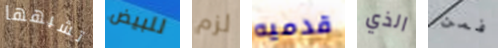
تشبهها للبيض لزم قدميه الذي فمن